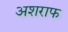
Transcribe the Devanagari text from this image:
अशराफ